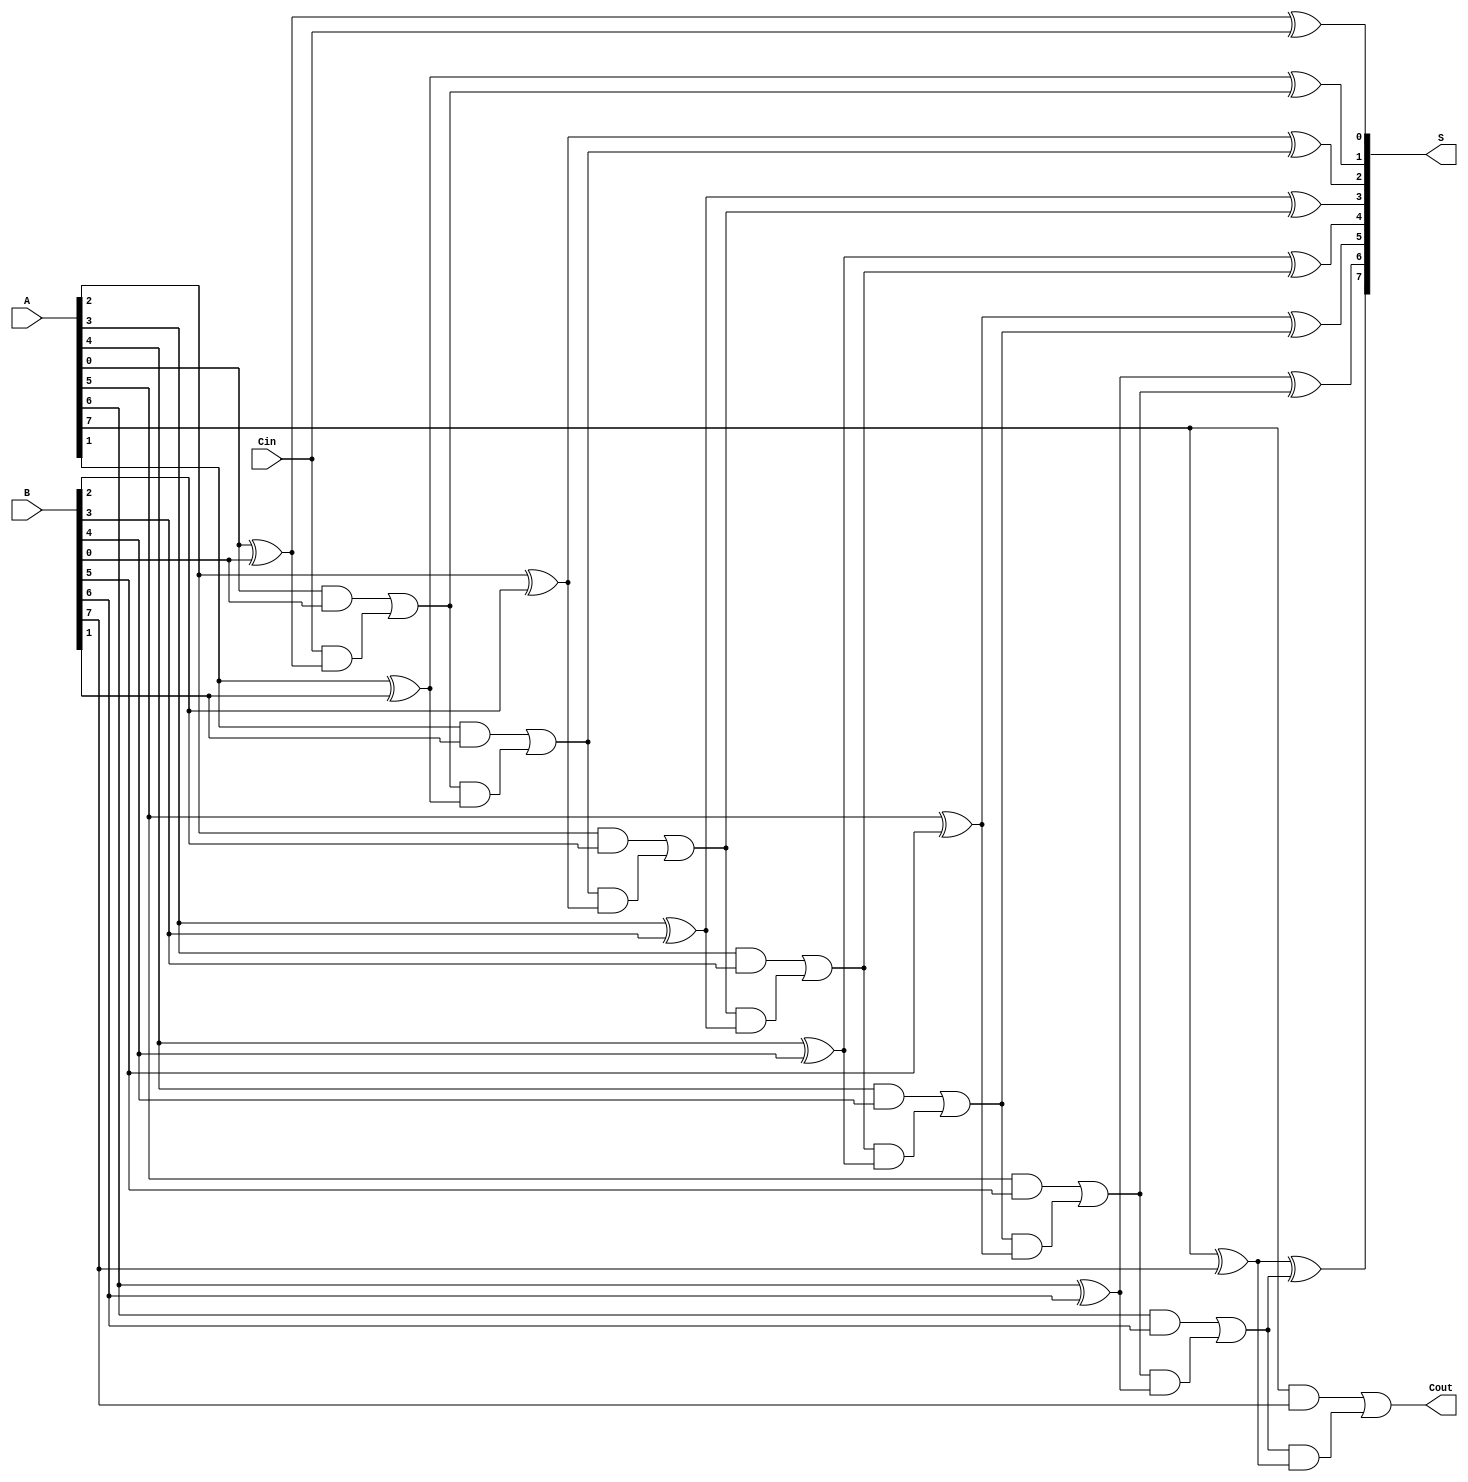
module ManchesterCarryChainAdder #(parameter n = 8) (
    input  wire [n-1:0] A,      // First n-bit input
    input  wire [n-1:0] B,      // Second n-bit input
    input  wire Cin,             // Input carry
    output wire [n-1:0] S,       // n-bit sum output
    output wire Cout             // Output carry
);

    wire [n:0] C; // Carry chain, C[0] is Cin, C[n] is Cout

    // Assign the input carry to the first carry in the chain
    assign C[0] = Cin;

    // Generate the sum and carry for each bit
    genvar i;
    generate
        for (i = 0; i < n; i = i + 1) begin : full_adder
            assign S[i] = A[i] ^ B[i] ^ C[i]; // Sum calculation
            assign C[i + 1] = (A[i] & B[i]) | (C[i] & (A[i] ^ B[i])); // Carry calculation
        end
    endgenerate

    // The final carry out
    assign Cout = C[n];

endmodule